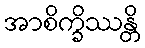
အာစိက္ခိဿန္တိ